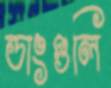
ডাংগুলি